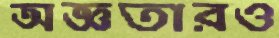
অজ্ঞতারও